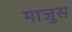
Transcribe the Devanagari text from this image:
माजुस